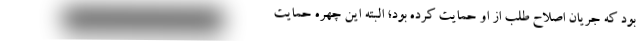
بود که جریان اصلاح طلب از او حمایت کرده بود؛ البته این چهره حمایت